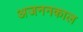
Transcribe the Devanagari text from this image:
अजननकाल